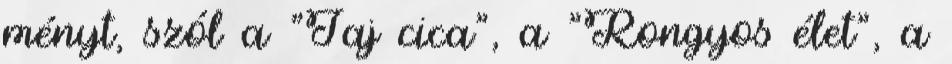
ményt, szól a "Jaj cica", a "Rongyos élet", a